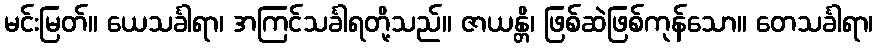
မင်းမြတ်။ ယေသင်္ခါရာ၊ အကြင်သင်္ခါရတို့သည်။ ဇာယန္တိ၊ ဖြစ်ဆဲဖြစ်ကုန်သော။ တေသင်္ခါရာ၊